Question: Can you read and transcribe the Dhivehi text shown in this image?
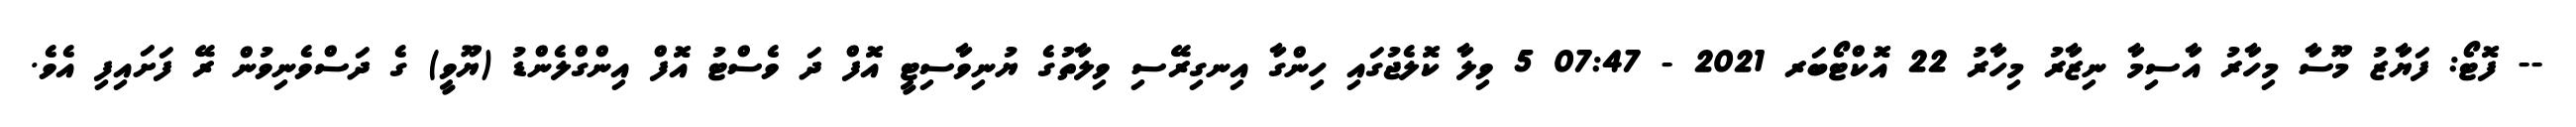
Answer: -- ފޮޓޯ: ފަޔާޒު މޫސާ މިހާރު އާސިމާ ނިޒާރު މިހާރު 22 އޮކްޓޯބަރ 2021 - 07:47 5 ވިލާ ކޮލެޖުގައި ހިންގާ އިނގިރޭސި ވިލާތުގެ ޔުނިވާސިޓީ އޮފް ދަ ވެސްޓު އޮފް އިންގްލެންޑު (ޔޫވީ) ގެ ދަސްވެނިވުން ރޭ ފަށައިފި އެވެ.